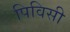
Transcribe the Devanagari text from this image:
पिविसी